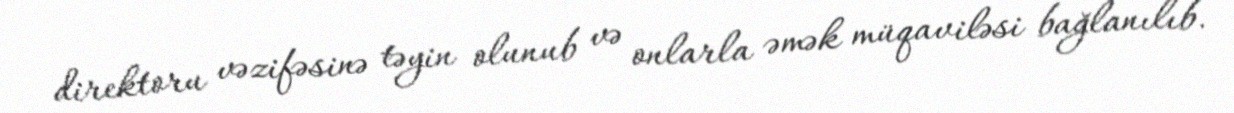
direktoru vəzifəsinə təyin olunub və onlarla əmək müqaviləsi bağlanılıb.